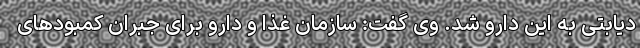
دیابتی به این دارو شد. وی گفت: سازمان غذا و دارو برای جبران کمبود‌های